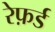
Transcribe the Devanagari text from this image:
रेफ़र्ड